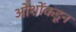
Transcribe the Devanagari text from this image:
ओशोंकडून